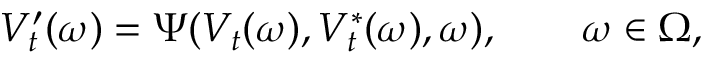
V _ { t } ^ { \prime } ( \omega ) = \Psi ( V _ { t } ( \omega ) , V _ { t } ^ { \ast } ( \omega ) , \omega ) , \qquad \omega \in \Omega ,